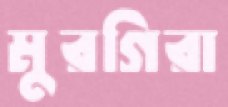
মুরগিরা